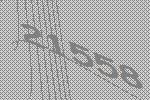
21558